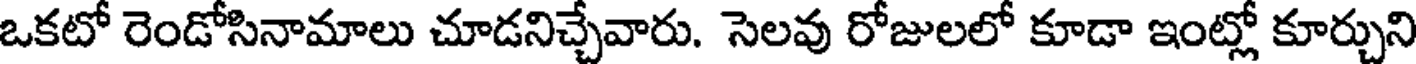
ఒకటో రెండోసినామాలు చూడనిచ్చేవారు. సెలవు రోజులలో కూడా ఇంట్లో కూర్చుని